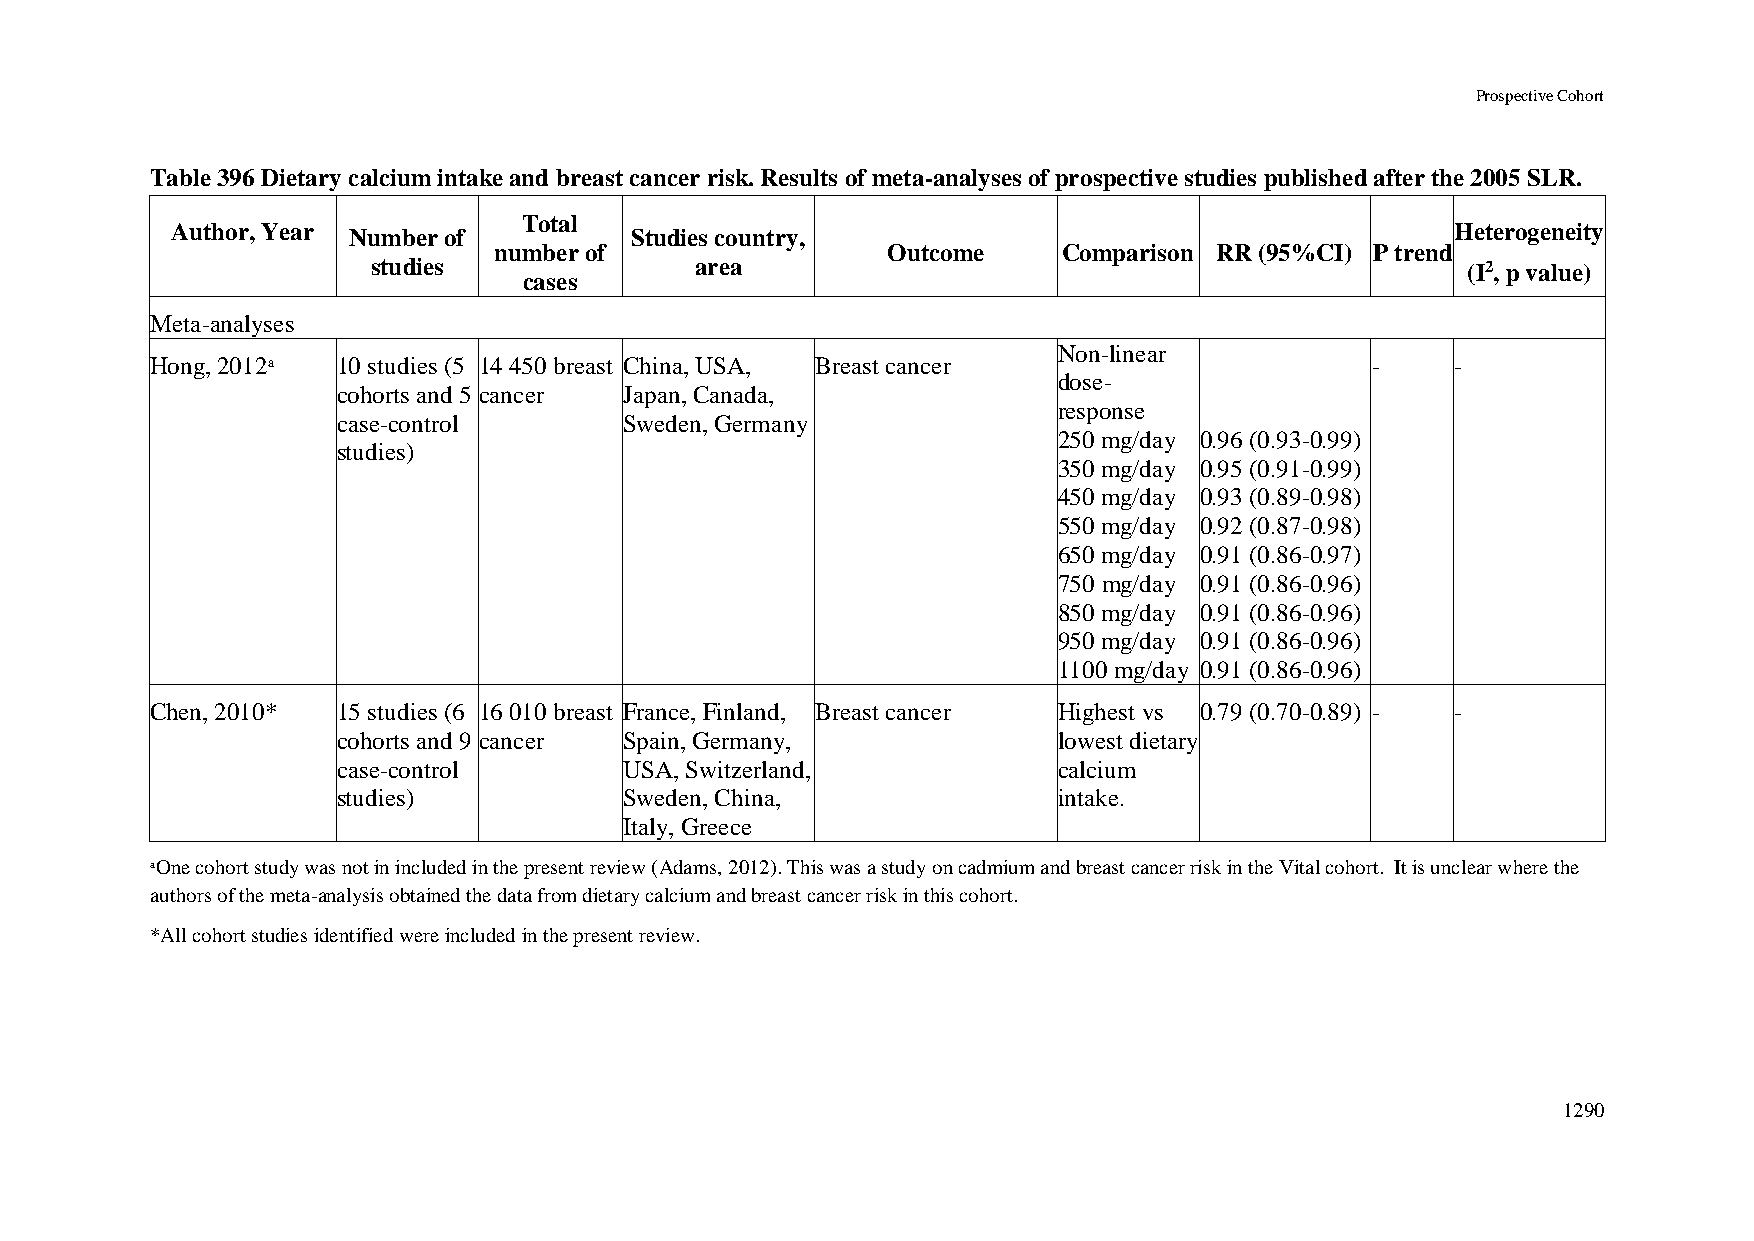
Prospective Cohort
 Table 396 Dietary calcium intake and breast cancer risk. Results of meta-analyses of prospective studies published after the 2005 SLR.
 Total
 Author, Year Number of         Studies country,                                      Heterogeneity
 number of                 Outcome    Comparison RR (95%CI) P trend
 studies              area                                               (I2, p value)
 cases
 Meta-analyses
 Non-linear
 Hong, 2012ᵃ 10 studies (5 14 450 breast China, USA, Breast cancer                -    -
 dose-
 cohorts and 5 cancer Japan, Canada,
 response
 case-control       Sweden, Germany
 250 mg/day 0.96 (0.93-0.99)
 studies)
 350 mg/day 0.95 (0.91-0.99)
 450 mg/day 0.93 (0.89-0.98)
 550 mg/day 0.92 (0.87-0.98)
 650 mg/day 0.91 (0.86-0.97)
 750 mg/day 0.91 (0.86-0.96)
 850 mg/day 0.91 (0.86-0.96)
 950 mg/day 0.91 (0.86-0.96)
 1100 mg/day 0.91 (0.86-0.96)
 Chen, 2010* 15 studies (6 16 010 breast France, Finland, Breast cancer Highest vs 0.79 (0.70-0.89) - -
 cohorts and 9 cancer Spain, Germany,            lowest dietary
 case-control       USA, Switzerland,            calcium
 studies)           Sweden, China,               intake.
 Italy, Greece
 ᵃOne cohort study was not in included in the present review (Adams, 2012). This was a study on cadmium and breast cancer risk in the Vital cohort. It is unclear where the
 authors of the meta-analysis obtained the data from dietary calcium and breast cancer risk in this cohort.
 *All cohort studies identified were included in the present review.
 1290